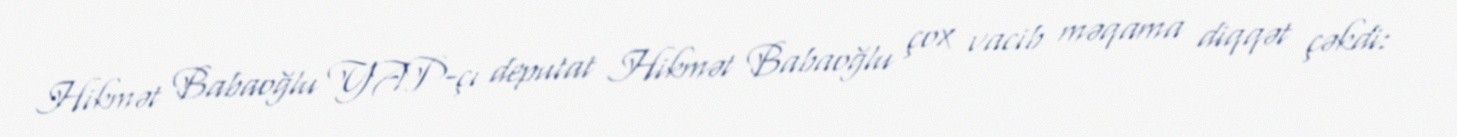
Hikmət Babaoğlu YAP-çı deputat Hikmət Babaoğlu çox vacib məqama diqqət çəkdi: